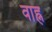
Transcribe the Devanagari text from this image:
वाह्न